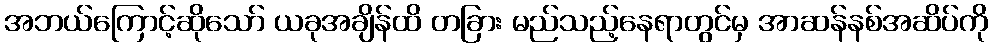
အဘယ်ကြောင့်ဆိုသော် ယခုအချိန်ထိ တခြား မည်သည့်နေရာတွင်မှ အာဆန်နစ်အဆိပ်ကို